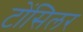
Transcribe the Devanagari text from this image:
टोंसिलर